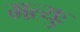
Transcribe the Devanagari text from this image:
मत्युः